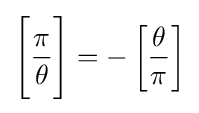
{\Bigg [}{\frac {\pi }{\theta }}{\Bigg ]}=-\left[{\frac {\theta }{\pi }}\right]